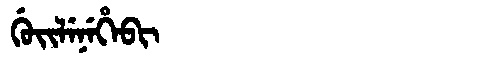
Manchu: ᡤᡠᡳᠯᡝᠨᡝᡥᡝᠪᡳ
Romanization: GUILENEHEBI